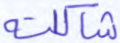
شاكلته